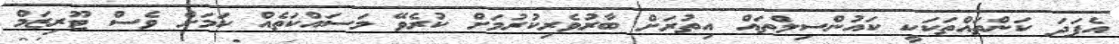
އެފަދަ ކަންތައްތަކަކީ ކައުންސިލްތައް އިތުރަށް ބާރުވެރިކުރުމަށް ކުރެވޭ މަސައްކަތެއް ކަމަށް ވެސް ޓޫރިޒަމް